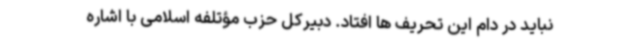
نباید در دام این تحریف ها افتاد. دبیرکل حزب مؤتلفه اسلامی با اشاره